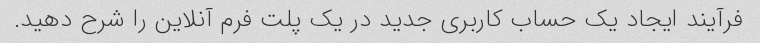
فرآیند ایجاد یک حساب کاربری جدید در یک پلت فرم آنلاین را شرح دهید.